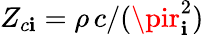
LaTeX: Z_{c\mathbf{i}}=\rho\, c/(\pir_{\mathbf{i}}^{2})